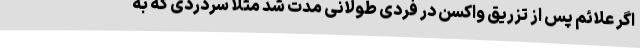
اگر علائم پس از تزریق واکسن در فردی طولانی مدت شد مثلا سردردی که به